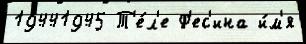
19441945 Т'е́л'е Ф'ес'ина и́м'я